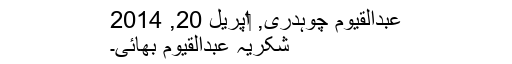
عبدالقیوم چوہدری, ‏اپریل 20, 2014
شکریہ عبدالقیوم بھائی۔